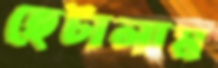
ছেটালাম